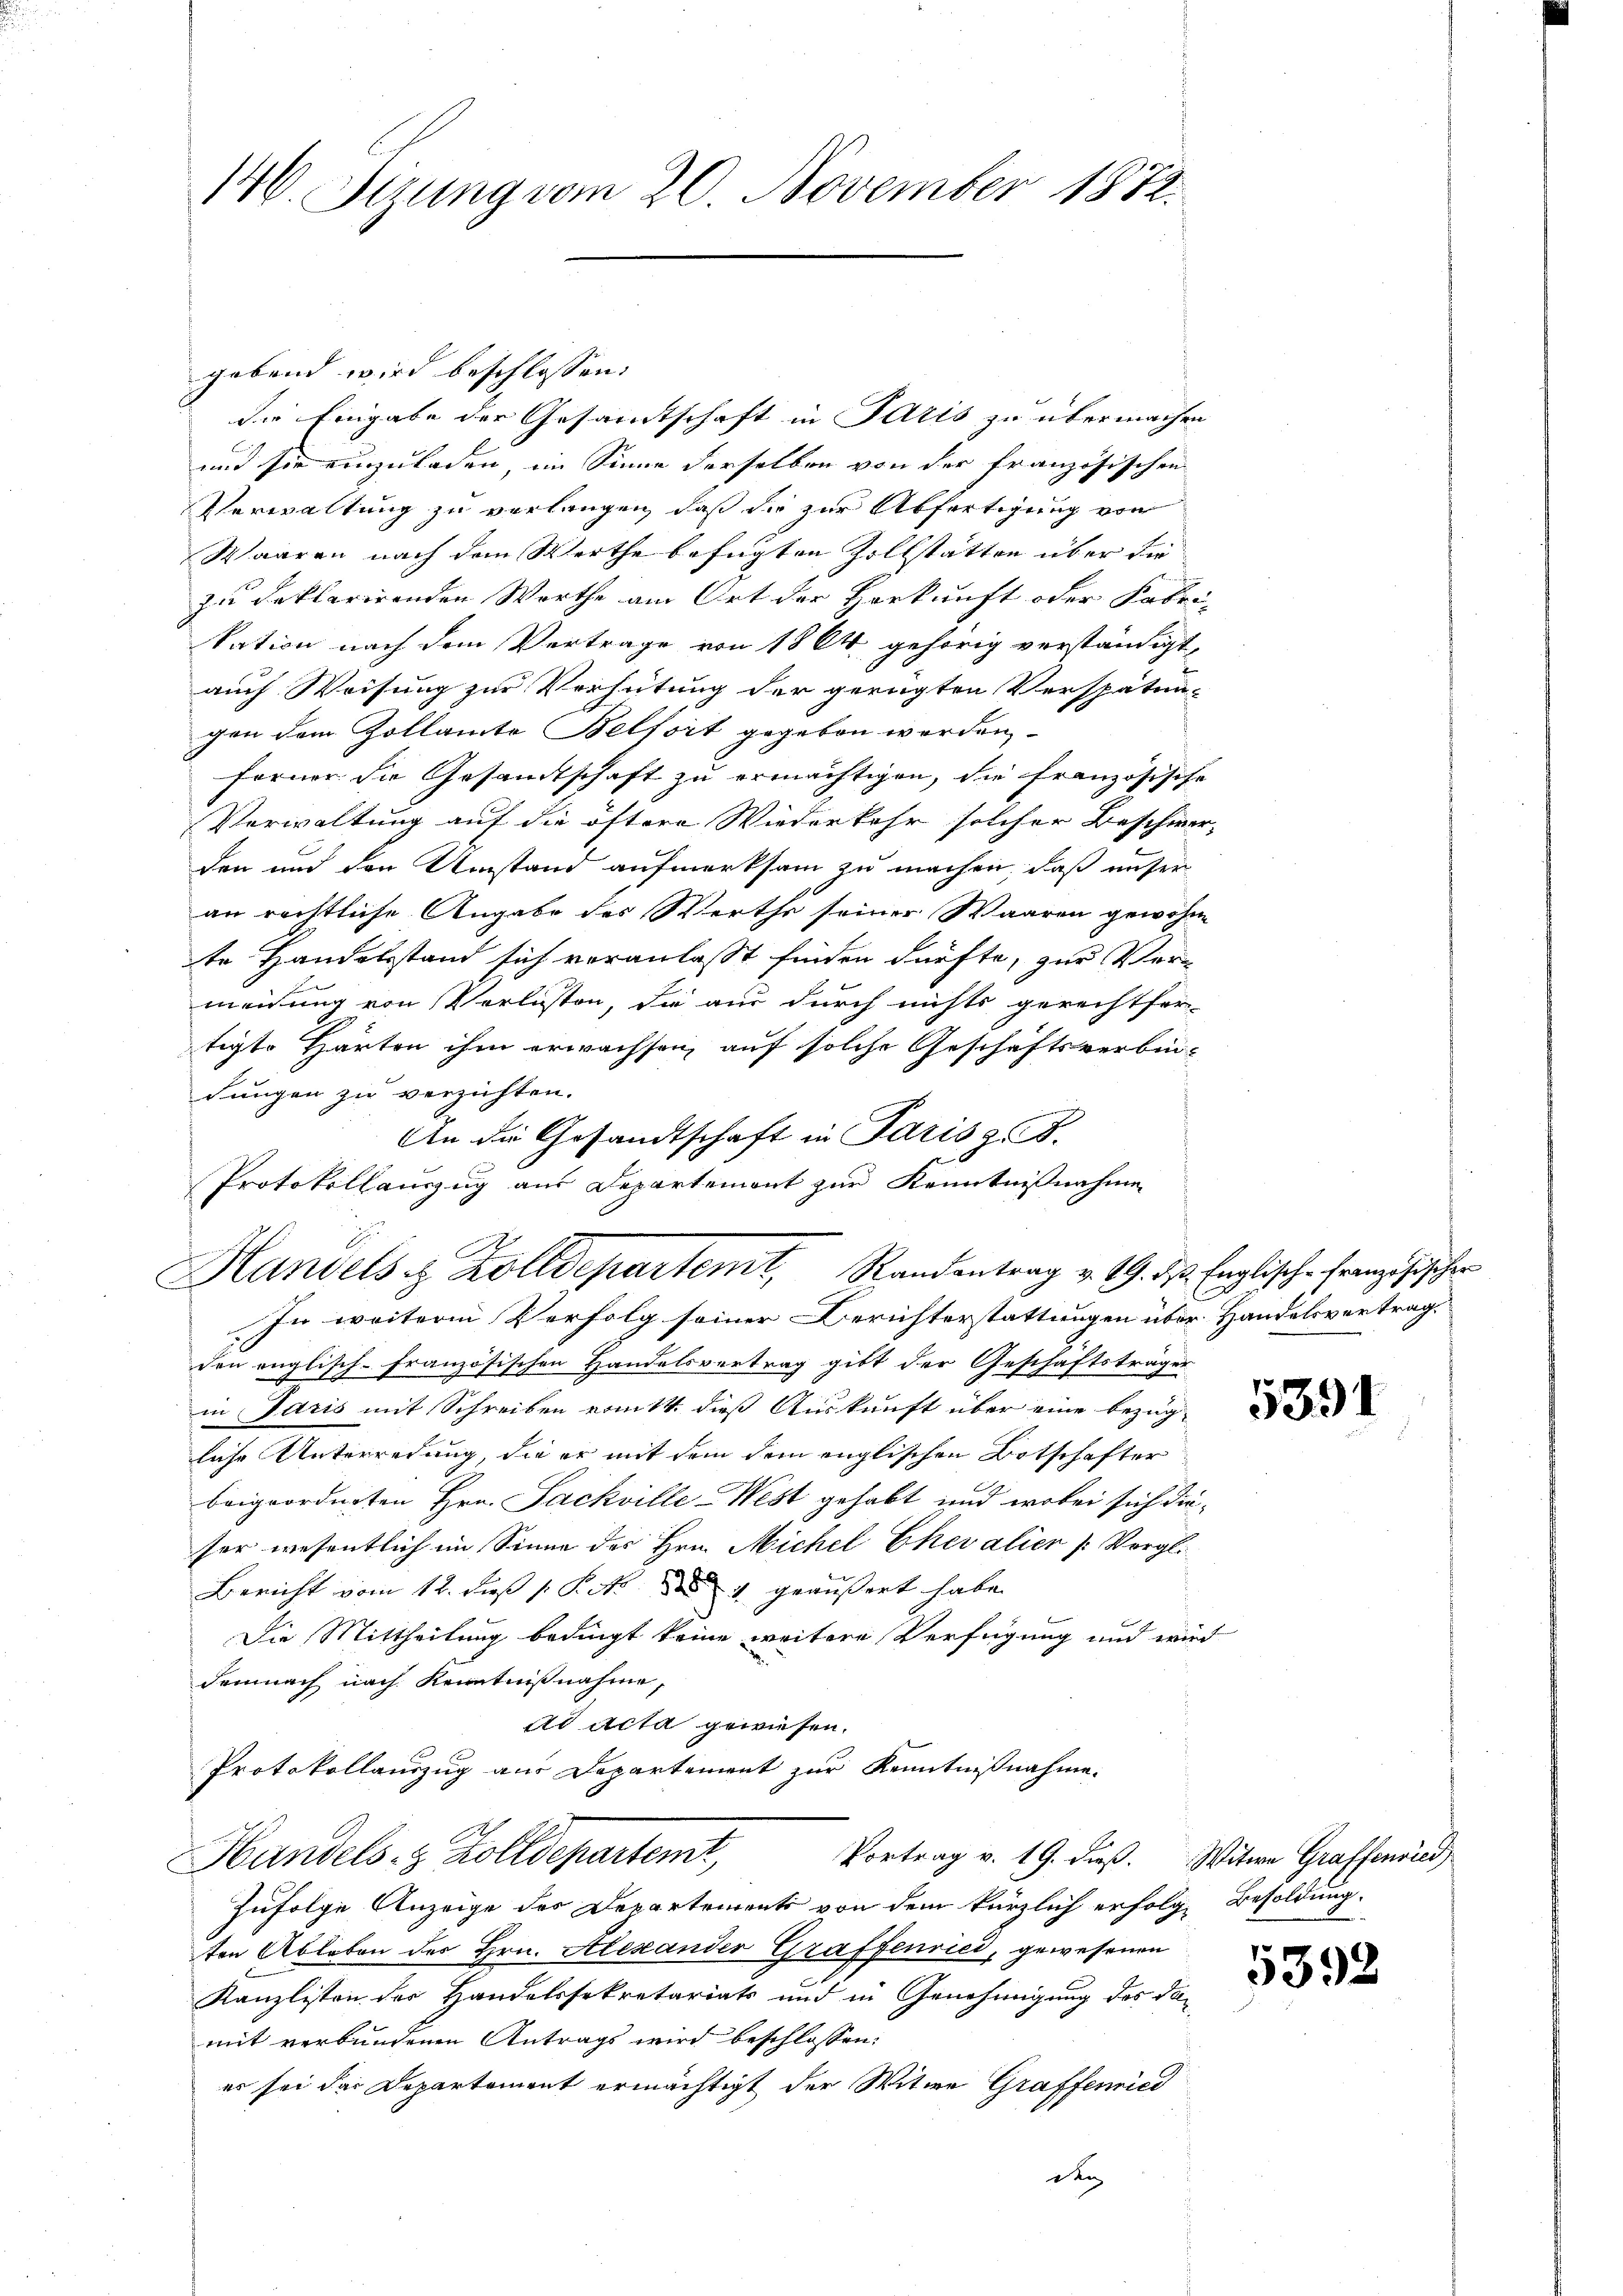
146. Sizung vom 20. November 1872.

Handels u. Zolldepartemt, Randantrag v. 19. ds. Englische Französischer

gebend wird beschlossen:
die Eingabe der Gesamtschaft in Paris zu übermachen
und sie einzuladen, im Sinne derselben von der französischen
Verwaltung zu verlangen, daß die zur Abfertigung von
Waaren nach dem Werthe befügten Zollstätten über die
zu declarirenden Worthe am Ort der Herkunft oder Fabri-
kation nach dem Vertrage von 1864 gehörig verständigt,
auch Weisung zur Verhütung der gerügten Verspätun-
gen dem Zollamte Belfort gegeben werden
ferner die Gesamtschaft zu ermächtigen, die französische
Verwaltung auf die öftere Wiederkehr solcher Beschwer-
den und den Umstand aufmerksam zu machen, daß unser
an rechtliche Angabe des Werthe seiner Waaren gewohne
te Handelsstand sich veranlaßt finden dürfte, zur Ver
meidung von Verlusten, die aus durch nichts gerechtfer-
tigte Härten ihm erwachsen, auf solche Geschäftsverbin¬
Lungen zu verzichten.
An die Gesandtschaft in Paris z. B.
Protokollauszug aus Departemont zur Kenntnißnahmen

In weitere Verfolg seiner Berichterstattungen über Handelsvertrags
den englisch-französischen Handelsvertrag gibt der Geschäftsträger
in Paris mit Schreiben vott. dieß Auskunft über eine bezugliche Unterredung, die er mit dem dem englischen Botschafter
beigeordneten Hrn. Sackville-West gehabt und wobei sich dieser wesentlich im Sinne des Hrn. Michel Chevalier (: Vergl.
Bericht vom 12. dieß Pct. 4 geäußert habe.
Die Mittheilung bedingt keine weitere Verfügung und wird
demnach nach Kenntnißnahme,
Ad Acta gewiesen.
Protokollauszug aus Departement zur Kenntnißnahme.
Vortrag v. 19. dieß. Witwe Graffenried
Handels- & Zolldepartemt,
Zufolge Anzeige des Departements von dem kürzlich erfolge Besoldung.
ten Ableben des Hrn. Alexander Graffenried, gewesenen
Kanzlisten der Handelssekretariats und in Genehmigung des damit verbundenen Antrags wird beschlossen:
es sei der Departement ermächtigt der Witwe Graffenried
den

5391

5392